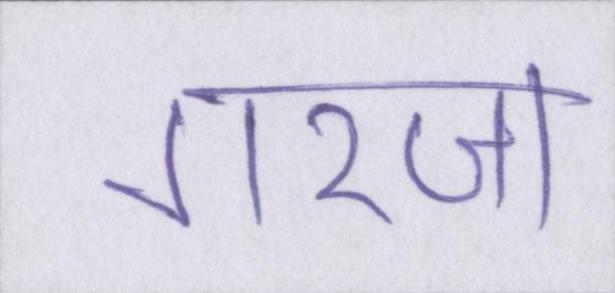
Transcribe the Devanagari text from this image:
गरज